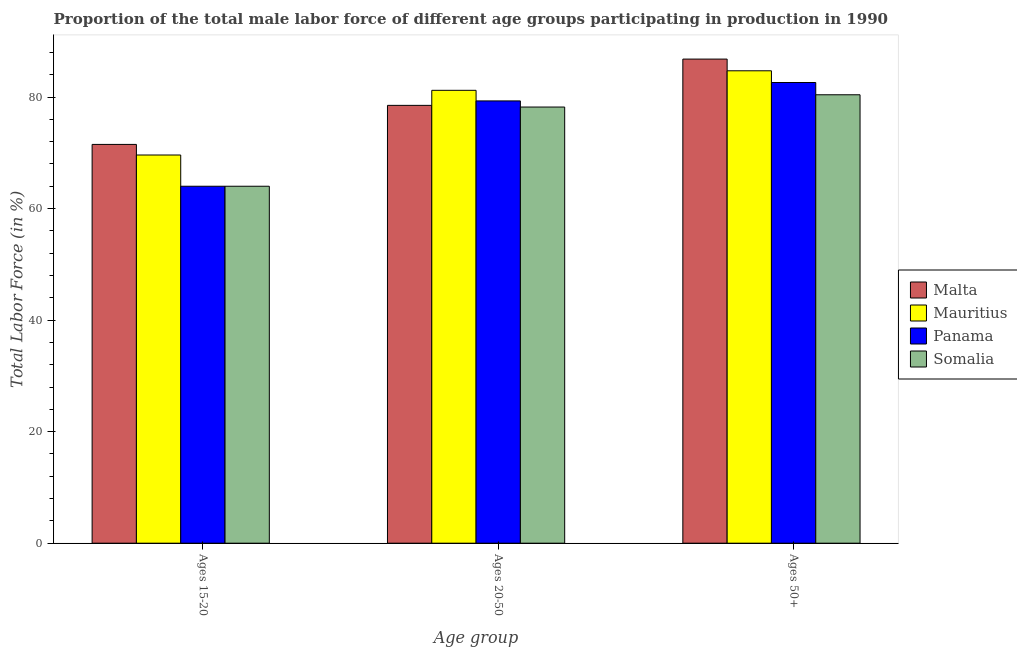
| Age group | Malta | Mauritius | Panama | Somalia |
 | --- | --- | --- | --- | --- |
 | Ages 15-20 | 71.5 | 69.6 | 64 | 64 |
 | Ages 20-50 | 78.5 | 81.2 | 79.3 | 78.2 |
 | Ages 50+ | 86.8 | 84.7 | 82.6 | 80.4 |